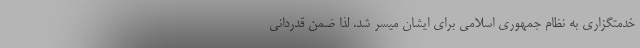
خدمتگزاری به نظام جمهوری اسلامی برای ایشان میسر شد. لذا ضمن قدردانی